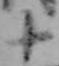
十